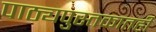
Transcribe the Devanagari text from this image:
पाठ्यपुस्तकातही